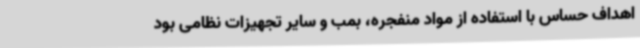
اهداف حساس با استفاده از مواد منفجره، بمب و سایر تجهیزات نظامی بود